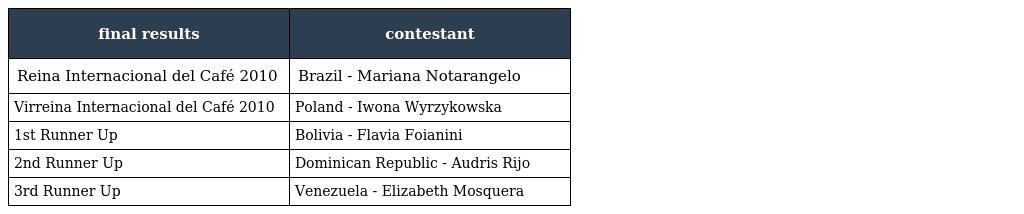
| final results | contestant |
 | --- | --- |
 | Reina Internacional del Café 2010 | Brazil - Mariana Notarangelo |
 | Virreina Internacional del Café 2010 | Poland - Iwona Wyrzykowska |
 | 1st Runner Up | Bolivia - Flavia Foianini |
 | 2nd Runner Up | Dominican Republic - Audris Rijo |
 | 3rd Runner Up | Venezuela - Elizabeth Mosquera |